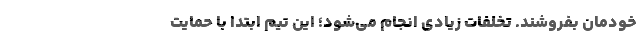
خودمان بفروشند. تخلفات زیادی انجام می‌شود؛ این تیم ابتدا با حمایت